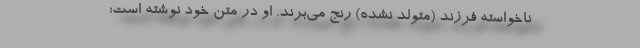
ناخواسته فرزند (متولد نشده) رنج می‌برند. او در متن خود نوشته است: